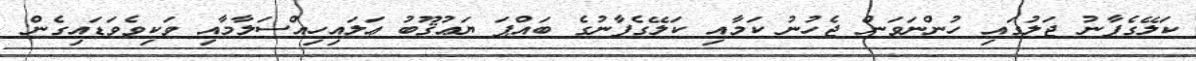
ކަލޭގެފާނު ޖަލުގައި ހުންނަވަން ޖެހުނު ކަމާއި ކަލޭގެފާނުގެ ބައްޕަ ޔަޢުޤޫބު ޢަލައިހިއްސަލާމާއި ވަކިވެވަޑައިގެން